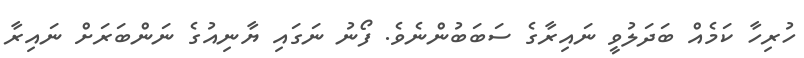
ހުރިހާ ކަމެއް ބަދަލުވީ ނައިރާގެ ސަބަބުންނެވެ. ފޯނު ނަގައި ޔާނިއުގެ ނަންބަރަށް ނައިރާ